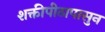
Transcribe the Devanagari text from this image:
शक्तीपीठापासुन